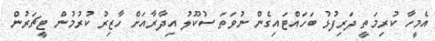
އެމީހާ ކުރިމަތީ ދަރިފުޅު ބަހައްޓައިގެން ނުވަތަ ސުކޫލު އިދާރާއަށް ހާޒިރު ކުރުމުން ޓީޗަރުން